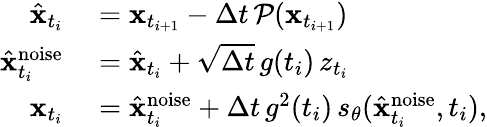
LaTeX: \begin{array}{rl}{\hat{\mathbf{x}}_{t_{i}}}&{{}=\mathbf{x}_{t_{i+1}}-\Delta t\, \mathcal{P}(\mathbf{x}_{t_{i+1}})}\\ {\hat{\mathbf{x}}_{t_{i}}^{\mathrm{noise}}}&{{}=\hat{\mathbf{x}}_{t_{i}}+\sqrt{\Delta t}\, g(t_{i})\, z_{t_{i}}}\\ {\mathbf{x}_{t_{i}}}&{{}=\hat{\mathbf{x}}_{t_{i}}^{\mathrm{noise}}+\Delta t\, g^{2}(t_{i})\, s_{\theta}(\hat{\mathbf{x}}_{t_{i}}^{\mathrm{noise}},t_{i}),}\end{array}